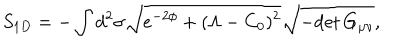
S _ { 1 D } = - \int d ^ { 2 } \sigma \sqrt { e ^ { - 2 \phi } + ( \Lambda - C _ { 0 } ) ^ { 2 } } \sqrt { - \mathrm { d e t } \, G _ { \mu \nu } } ,